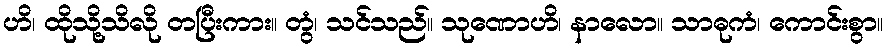
ဟိ၊ ထိုသို့သိလို တပြီးကား။ တွံ၊ သင်သည်။ သုဏောဟိ၊ နာလော။ သာဓုကံ၊ ကောင်းစွာ။